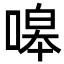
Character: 嗥